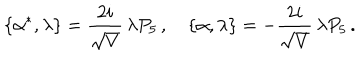
\{ \alpha ^ { * } , \lambda \} = \frac { 2 i } { \sqrt { V } } \, \lambda P _ { 5 } \, , \quad \{ \alpha , \lambda \} = - \frac { 2 i } { \sqrt { V } } \, \lambda P _ { 5 } \, .